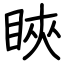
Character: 䀹